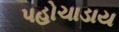
પહોચાડાય